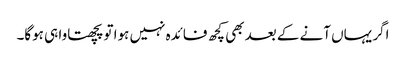
اگر یہاں آنے کے بعد بھی کچھ فائدہ نہیں ہوا تو پچھتاوا ہی ہوگا۔